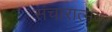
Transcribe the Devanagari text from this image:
संचारात्मक